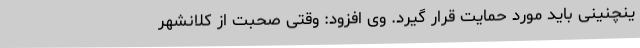
ینچنینی باید مورد حمایت قرار گیرد. وی افزود: وقتی صحبت از کلانشهر